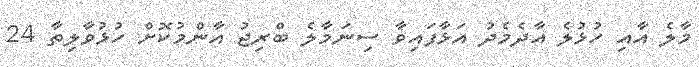
މާލެ އާއި ހުޅުލެ އާދެމެދު އަޅާފައިވާ ސިނަމާލެ ބްރިޖު އާންމުކޮށް ހުޅުވާލިތާ 24